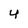
Character: 4